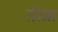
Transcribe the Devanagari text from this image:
लीब्रा